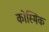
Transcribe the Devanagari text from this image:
कोस्मिक